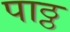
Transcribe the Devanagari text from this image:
पाठ्ठ